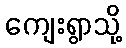
ကျေးရွာသို့